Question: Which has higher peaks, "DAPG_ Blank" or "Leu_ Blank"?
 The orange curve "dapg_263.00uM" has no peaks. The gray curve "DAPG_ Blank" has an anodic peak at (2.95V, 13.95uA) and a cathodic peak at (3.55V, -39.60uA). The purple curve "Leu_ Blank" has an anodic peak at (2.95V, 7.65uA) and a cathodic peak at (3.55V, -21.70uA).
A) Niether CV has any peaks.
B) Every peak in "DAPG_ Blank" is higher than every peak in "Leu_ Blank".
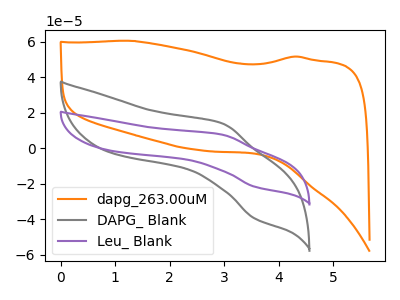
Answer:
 <answer>B) Every peak in "DAPG_ Blank" is higher than every peak in "Leu_ Blank".</answer>
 <eval>B</eval>